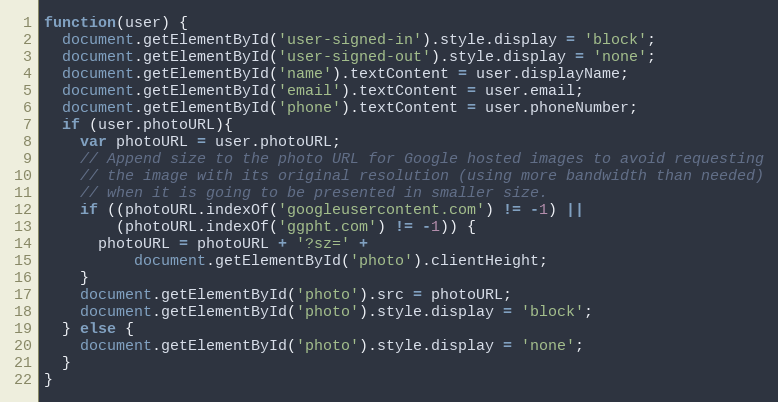
Language: JavaScript
function(user) {
  document.getElementById('user-signed-in').style.display = 'block';
  document.getElementById('user-signed-out').style.display = 'none';
  document.getElementById('name').textContent = user.displayName;
  document.getElementById('email').textContent = user.email;
  document.getElementById('phone').textContent = user.phoneNumber;
  if (user.photoURL){
    var photoURL = user.photoURL;
    // Append size to the photo URL for Google hosted images to avoid requesting
    // the image with its original resolution (using more bandwidth than needed)
    // when it is going to be presented in smaller size.
    if ((photoURL.indexOf('googleusercontent.com') != -1) ||
        (photoURL.indexOf('ggpht.com') != -1)) {
      photoURL = photoURL + '?sz=' +
          document.getElementById('photo').clientHeight;
    }
    document.getElementById('photo').src = photoURL;
    document.getElementById('photo').style.display = 'block';
  } else {
    document.getElementById('photo').style.display = 'none';
  }
}